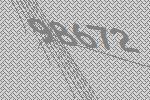
98672